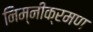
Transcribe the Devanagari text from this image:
निम्नीक्रमण